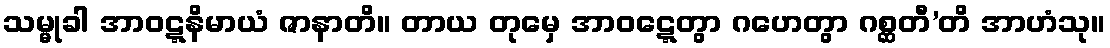
သမ္မုခါ အာဝဋ္ဋနိမာယံ ဇာနာတိ။ တာယ တုမှေ အာဝဋ္ဋေတွာ ဂဟေတွာ ဂစ္ဆတီ’တိ အာဟံသု။